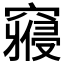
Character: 𱷘